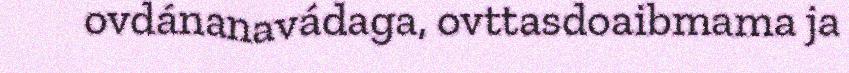
ovdánanavádaga, ovttasdoaibmama ja